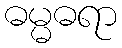
ဓမ္မဓရာ